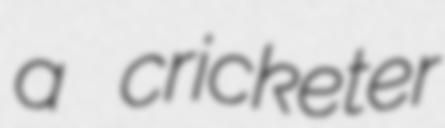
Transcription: a cricketer